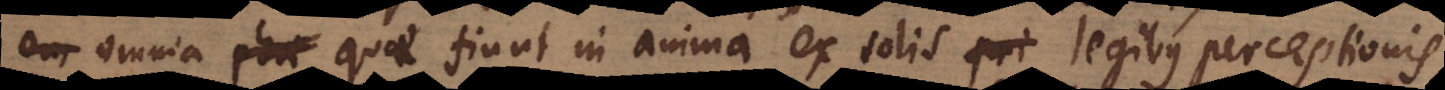
omnia phae quae fiunt in anima ex solis pri legibus perceptionis